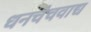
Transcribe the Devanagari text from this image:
धनचंचवाद्य